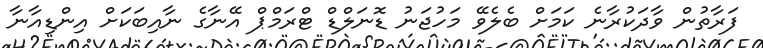
ފަރާތުން ވާދަކުރާނެ ކަމަށް ބެލެވޭ މަހުޖަނު ޑޮނަލްޑް ޓްރަމްޕް އޭނާގެ ނާއިބަކަށް އިންޑިއާނާ